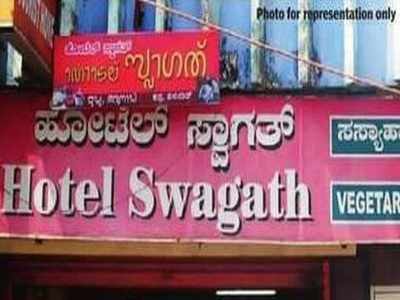
Language: kannada
Transcription: ಹೋಟಲ್ ಸ್ವಾಗತ್